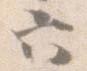
六